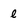
Character: l